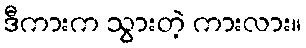
ဒီကားက သွားတဲ့ ကားလား။